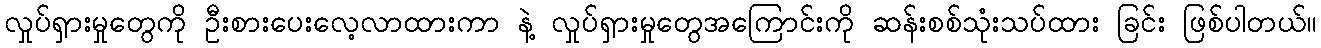
လှုပ်ရှားမှုတွေကို ဦးစားပေးလေ့လာထားကာ နဲ့ လှုပ်ရှားမှုတွေအကြောင်းကို ဆန်းစစ်သုံးသပ်ထား ခြင်း ဖြစ်ပါတယ်။